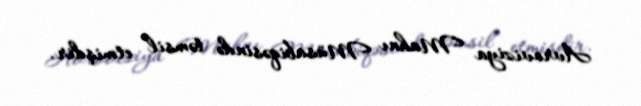
Avroviziya Mahnı Müsabiqəsində təmsil etmişdir.